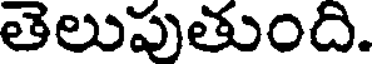
తెలుపుతుంది.